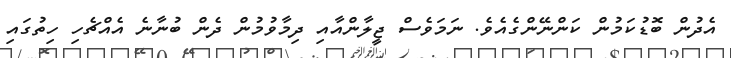
އެދުން ބޮޑުކަމުން ކަންނޭންގެއެވެ. ނަމަވެސް ޖީލާންއާއި ދިމާވުމުން ދެން ބުނާނެ އެއްޗެހި ހިތުގައި